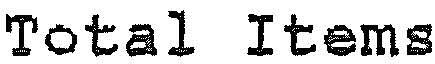
TOTAL ITEMS